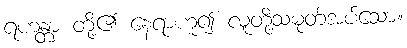
ရဟန္တာ တို့၏ နေရာဟူ၍ လူတို့သမုတ်အပ်သော။